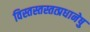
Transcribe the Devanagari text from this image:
विस्तस्तस्तत्प्रधानेषु